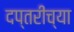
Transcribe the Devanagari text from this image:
दप्तरीच्या